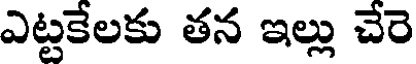
ఎట్టకేలకు తన ఇల్లు చేరె